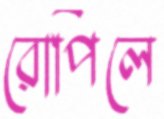
রোপিলে